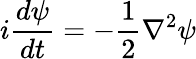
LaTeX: i\frac{d\psi}{dt}=-\frac{1}{2}\nabla^{2}\psi